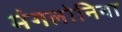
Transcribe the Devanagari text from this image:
मंगलोनिया